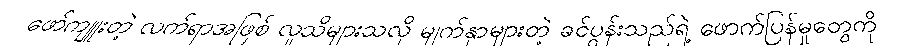
ဖော်ကျူးတဲ့ လက်ရာအဖြစ် လူသိများသလို မျက်နှာများတဲ့ ခင်ပွန်းသည်ရဲ့ ဖောက်ပြန်မှုတွေကို